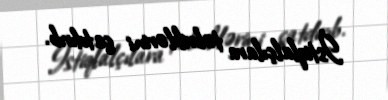
İstiqlalçılara təbriklərini çatdırıb.